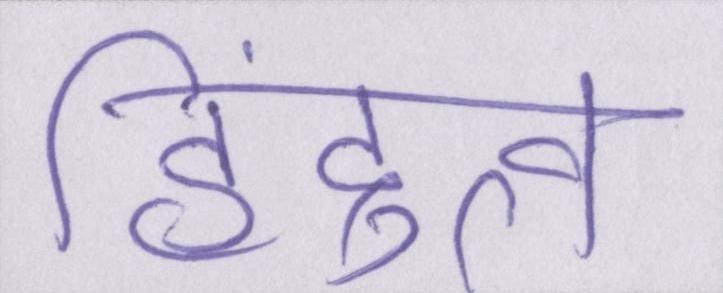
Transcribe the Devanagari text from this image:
हिंदुत्व